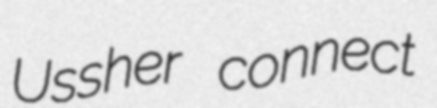
Ussher connect